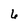
Character: 6